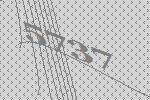
5737